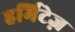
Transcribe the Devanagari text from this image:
हर्मिटेज़